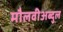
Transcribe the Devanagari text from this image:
मौलवीअब्दुल